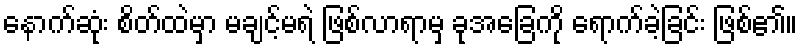
နောက်ဆုံး စိတ်ထဲမှာ မချင့်မရဲ ဖြစ်လာရာမှ ခုအခြေကို ရောက်ခဲ့ခြင်း ဖြစ်၏။